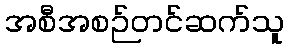
အစီအစဉ်တင်ဆက်သူ